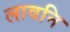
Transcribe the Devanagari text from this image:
लावनि